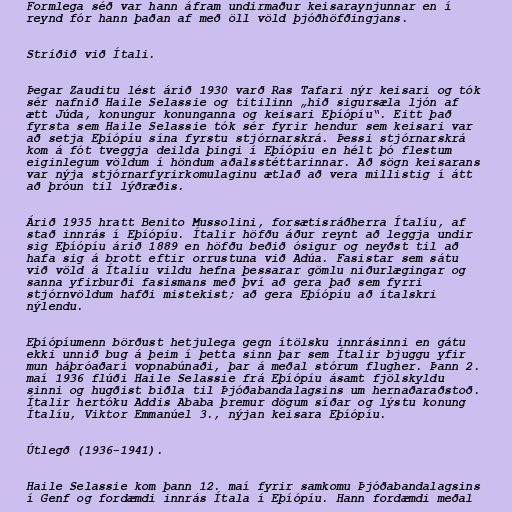
Formlega séð var hann áfram undirmaður keisaraynjunnar en í
reynd fór hann þaðan af með öll völd þjóðhöfðingjans.

Stríðið við Ítali.

Þegar Zauditu lést árið 1930 varð Ras Tafari nýr keisari og tók
sér nafnið Haile Selassie og titilinn „hið sigursæla ljón af
ætt Júda, konungur konunganna og keisari Eþíópíu“. Eitt það
fyrsta sem Haile Selassie tók sér fyrir hendur sem keisari var
að setja Eþíópíu sína fyrstu stjórnarskrá. Þessi stjórnarskrá
kom á fót tveggja deilda þingi í Eþíópíu en hélt þó flestum
eiginlegum völdum í höndum aðalsstéttarinnar. Að sögn keisarans
var nýja stjórnarfyrirkomulaginu ætlað að vera millistig í átt
að þróun til lýðræðis.

Árið 1935 hratt Benito Mussolini, forsætisráðherra Ítalíu, af
stað innrás í Eþíópíu. Ítalir höfðu áður reynt að leggja undir
sig Eþíópíu árið 1889 en höfðu beðið ósigur og neyðst til að
hafa sig á brott eftir orrustuna við Adúa. Fasistar sem sátu
við völd á Ítalíu vildu hefna þessarar gömlu niðurlægingar og
sanna yfirburði fasismans með því að gera það sem fyrri
stjórnvöldum hafði mistekist; að gera Eþíópíu að ítalskri
nýlendu.

Eþíópíumenn börðust hetjulega gegn ítölsku innrásinni en gátu
ekki unnið bug á þeim í þetta sinn þar sem Ítalir bjuggu yfir
mun háþróaðari vopnabúnaði, þar á meðal stórum flugher. Þann 2.
maí 1936 flúði Haile Selassie frá Eþíópíu ásamt fjölskyldu
sinni og hugðist biðla til Þjóðabandalagsins um hernaðaraðstoð.
Ítalir hertóku Addis Ababa þremur dögum síðar og lýstu konung
Ítalíu, Viktor Emmanúel 3., nýjan keisara Eþíópíu.

Útlegð (1936-1941).

Haile Selassie kom þann 12. maí fyrir samkomu Þjóðabandalagsins
í Genf og fordæmdi innrás Ítala í Eþíópíu. Hann fordæmdi meðal